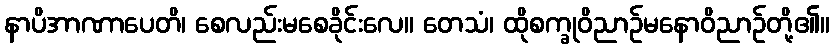
နာပိအာဏာပေတိ၊ စေလည်းမစေခိုင်းလေ။ တေသံ၊ ထိုစက္ခုဝိညာဉ်မနောဝိညာဉ်တို့၏။